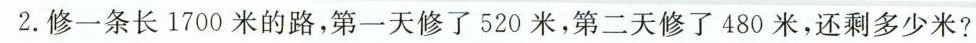
2.修一条长1700米的路，第一天修了520米，第二天修了480米，还剩多少米?